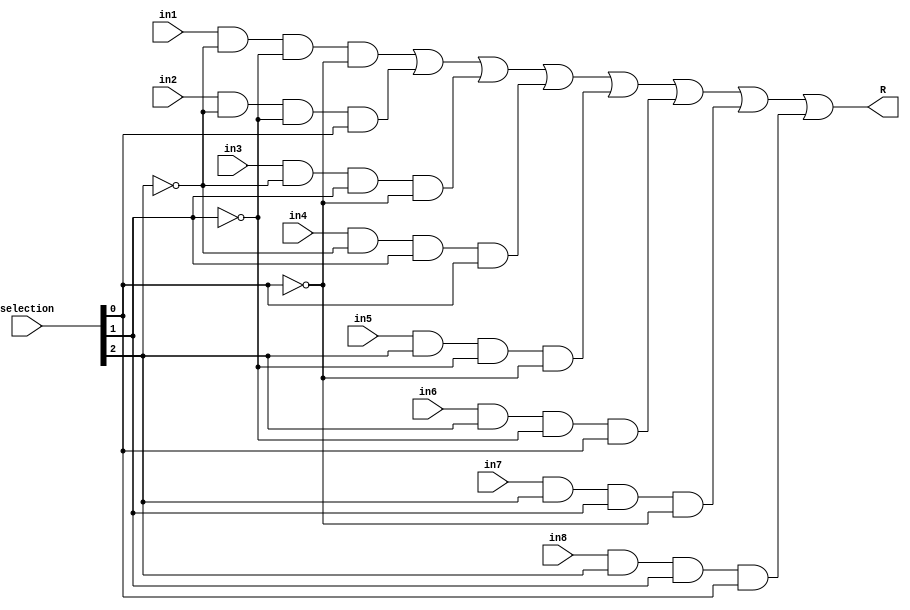
module mux8x1_1bit (output R, input in1, in2, in3, in4, in5, in6, in7, in8, input [2:0] selection);

	wire [2:0] selection_not;
	wire w1, w2, w3, w4, w5, w6, w7, w8;
	
	not not1(selection_not[0], selection[0]);
	not not2(selection_not[1], selection[1]);
	not not3(selection_not[2], selection[2]);
	
	and and1(w1, in1, selection_not[2], selection_not[1], selection_not[0]);
	and and2(w2, in2, selection_not[2], selection_not[1], selection[0]);
	and and3(w3, in3, selection_not[2], selection[1], selection_not[0]);
	and and4(w4, in4, selection_not[2], selection[1], selection[0]);
	and and5(w5, in5, selection[2], selection_not[1], selection_not[0]);
	and and6(w6, in6, selection[2], selection_not[1], selection[0]);
	and and7(w7, in7, selection[2], selection[1], selection_not[0]);
	and and8(w8, in8, selection[2], selection[1], selection[0]);
	
	or or1(R, w1, w2, w3, w4, w5, w6, w7, w8);

endmodule